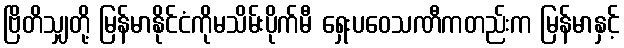
ဗြိတိသျှတို့ မြန်မာနိုင်ငံကိုမသိမ်းပိုက်မီ ရှေးပဝေသဏီကတည်းက မြန်မာနှင့်